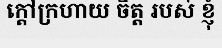
ក្តៅក្រហាយ ចិត្ត របស់ ខ្ញុំ